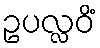
ဥပလ္လဝိံ